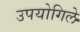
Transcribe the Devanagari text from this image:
उपयोगिले